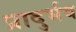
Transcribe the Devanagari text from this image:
प्रादुर्भव